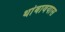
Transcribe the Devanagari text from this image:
थांबावयास